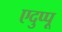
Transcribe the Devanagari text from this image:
एदुप्पू